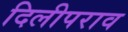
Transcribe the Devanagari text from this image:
दिलीपराव